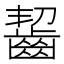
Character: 齧